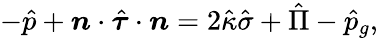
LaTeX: -\hat{p}+\boldsymbol{n}\cdot\hat{\boldsymbol{\tau}}\cdot\boldsymbol{n}=2\hat{\kappa}\hat{\sigma}+\hat{\Pi}-\hat{p}_{g},